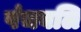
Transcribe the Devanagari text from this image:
पंचबलि